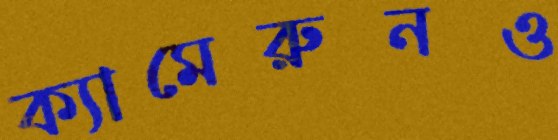
ক্যামেরুনও